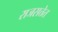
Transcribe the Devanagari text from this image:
राजसत्तेत